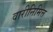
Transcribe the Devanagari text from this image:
वारीनिमित्त